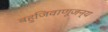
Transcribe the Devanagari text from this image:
बहुजिवाणूजन्य